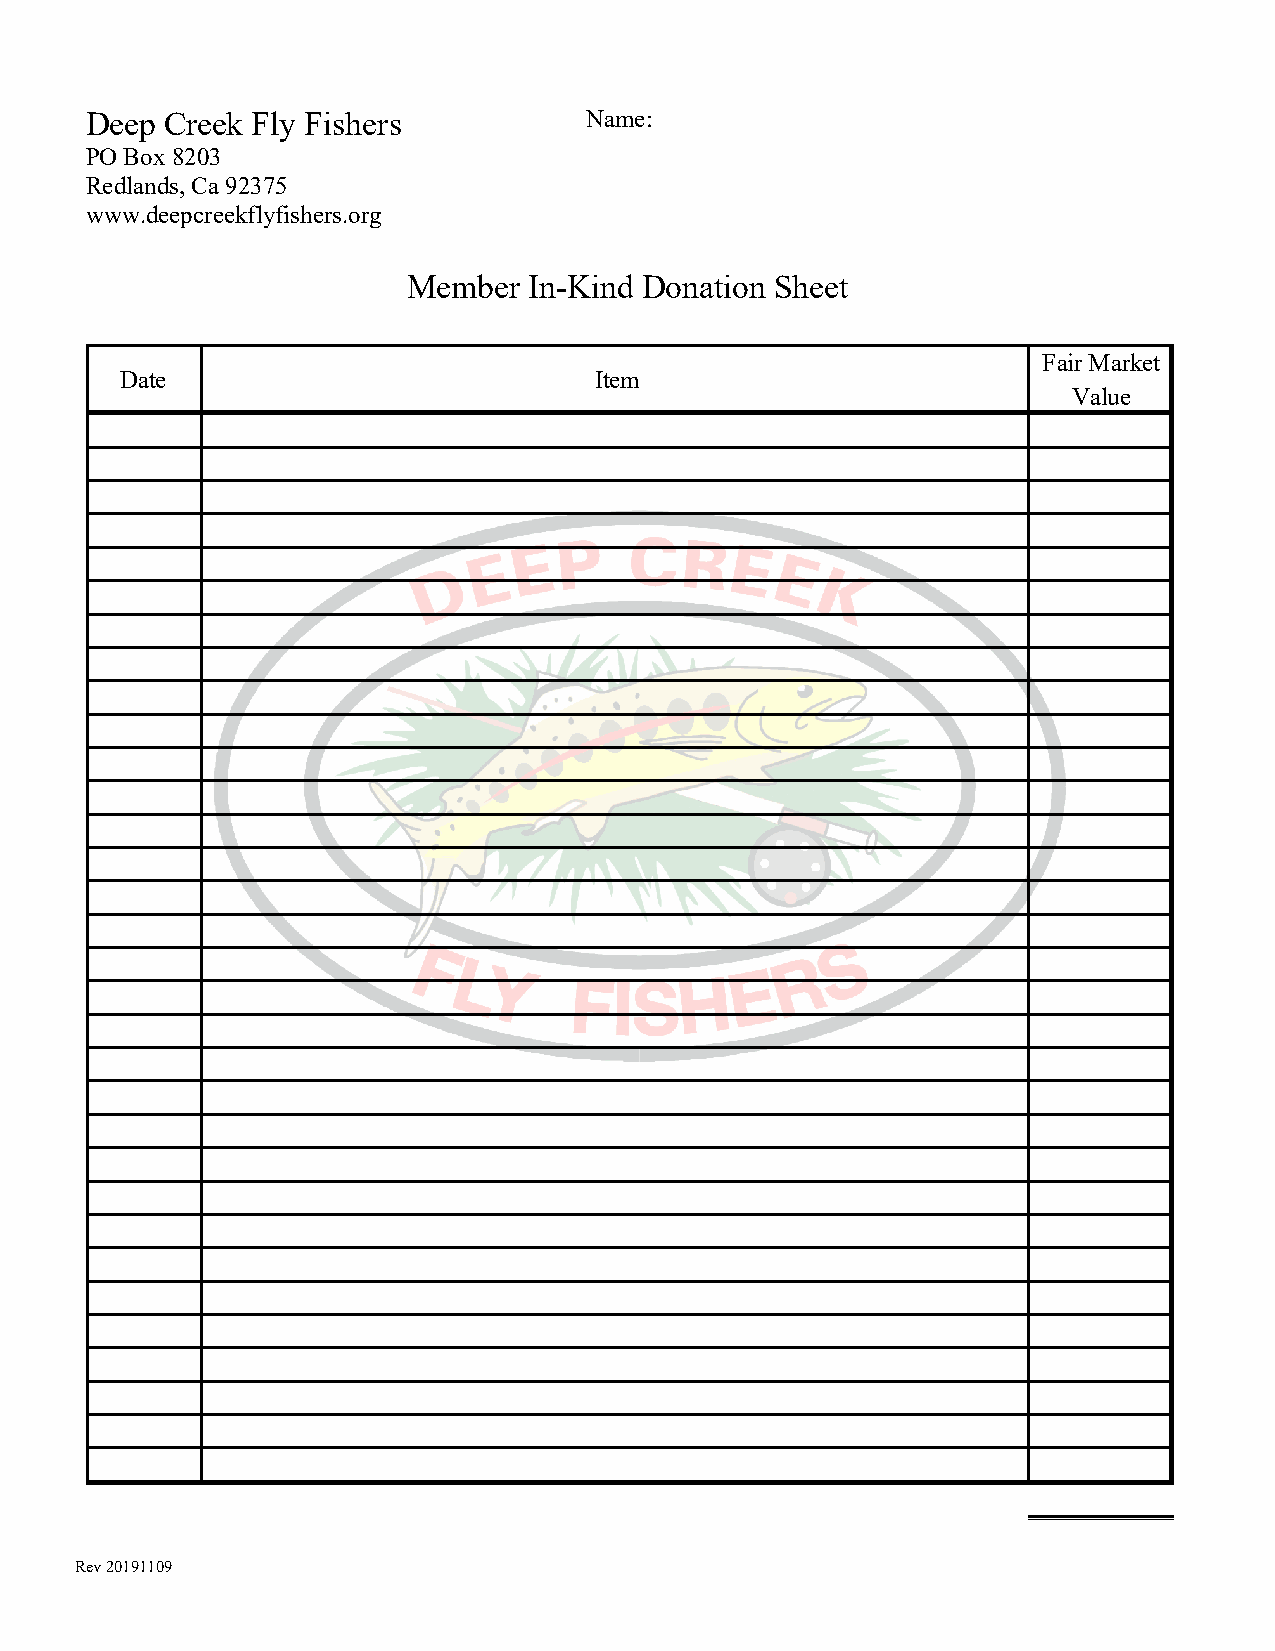
Deep Creek Fly Fishers           Name:
 PO Box 8203
 Redlands, Ca 92375
 www.deepcreekflyfishers.org
 Member  In-Kind Donation Sheet
 Fair Market
 Date                           Item
 Value
 Rev 20191109